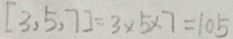
[ 3 , 5 , 7 ] = 3 \times 5 \times 7 = 1 0 5